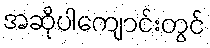
အဆိုပါကျောင်းတွင်